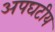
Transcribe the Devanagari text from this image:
अपघटीय